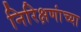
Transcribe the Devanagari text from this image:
निरिक्षणांच्या